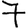
Digit: 7